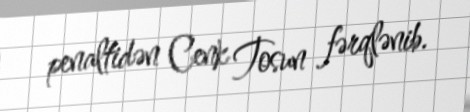
penaltidən Cenk Tosun fərqlənib.